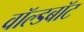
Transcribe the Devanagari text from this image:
वॉल्डबॉट